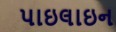
પાઇલાઇન